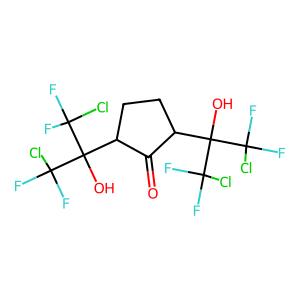
SMILES: O=C1C(C(O)(C(F)(F)Cl)C(F)(F)Cl)CCC1C(O)(C(F)(F)Cl)C(F)(F)Cl
Inhibits HIV replication: No